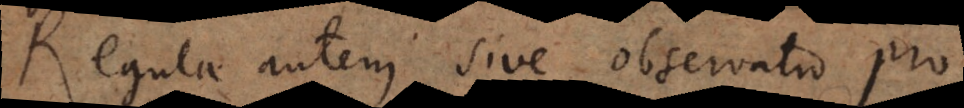
Regula autem sive observatio pro